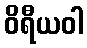
ဝိရီယဝါ